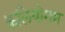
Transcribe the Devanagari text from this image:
कलियोगम